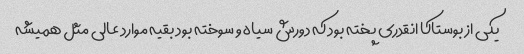
یکی از بوستاکا انقدری پخته بود که دورش سیاه و سوخته بود بقیه موارد عالی مثل همیشه